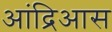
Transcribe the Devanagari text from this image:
आंद्रिआस